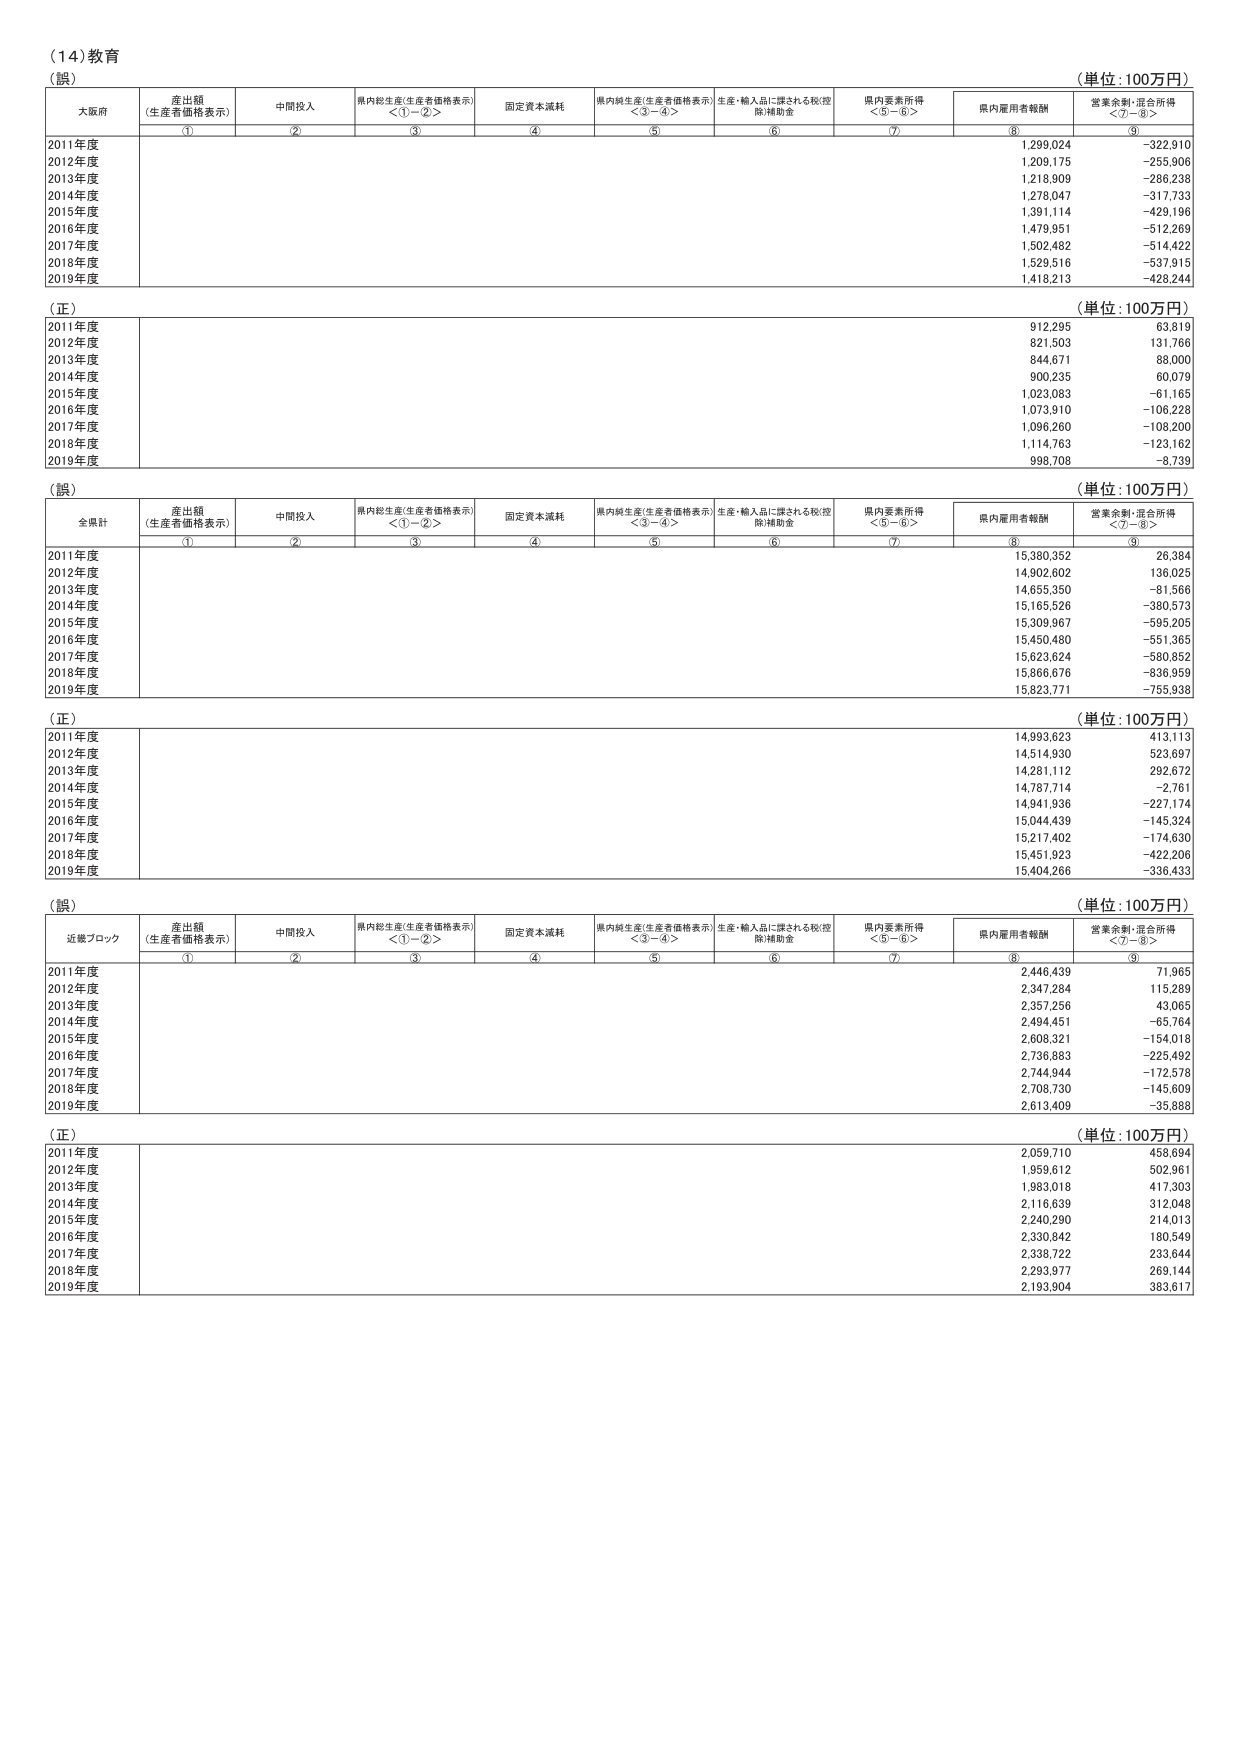
（14）教育
（誤）
（単位：100万円）
大阪府
産出額（生産者価格表示）
中間投入
県内総生産（生産者価格表示）＜①－②＞
固定資本減耗
県内純生産（生産者価格表示）＜③－④＞
生産・輸入品に課される税（控除）補助金
県内要素所得＜⑤－⑥＞
県内雇用者報酬
営業余剰・混合所得＜⑦－⑧＞
①
②
③
④
⑤
⑥
⑦
⑧
⑨
2011年度
1,299,024
－322,910
2012年度
1,209,175
－255,906
2013年度
1,218,909
－286,238
2014年度
1,278,047
－317,733
2015年度
1,391,114
－429,196
2016年度
1,479,951
－512,269
2017年度
1,502,482
－514,422
2018年度
1,529,516
－537,915
2019年度
1,418,213
－428,244
（正）
（単位：100万円）
2011年度
912,295
63,819
2012年度
821,503
131,766
2013年度
844,671
88,000
2014年度
900,235
60,079
2015年度
1,023,083
－61,165
2016年度
1,073,910
－106,228
2017年度
1,096,260
－108,200
2018年度
1,114,763
－123,162
2019年度
998,708
－8,739
（誤）
（単位：100万円）
全県計
産出額（生産者価格表示）
中間投入
県内総生産（生産者価格表示）＜①－②＞
固定資本減耗
県内純生産（生産者価格表示）＜③－④＞
生産・輸入品に課される税（控除）補助金
県内要素所得＜⑤－⑥＞
県内雇用者報酬
営業余剰・混合所得＜⑦－⑧＞
①
②
③
④
⑤
⑥
⑦
⑧
⑨
2011年度
15,380,352
26,384
2012年度
14,902,602
136,025
2013年度
14,655,350
－81,566
2014年度
15,165,526
－380,573
2015年度
15,309,967
－595,205
2016年度
15,430,480
－551,365
2017年度
15,623,624
－580,852
2018年度
15,866,676
－836,959
2019年度
15,823,771
－755,938
（正）
（単位：100万円）
2011年度
14,993,623
413,113
2012年度
14,514,930
523,697
2013年度
14,281,112
292,672
2014年度
14,787,714
－2,761
2015年度
14,941,936
－227,174
2016年度
15,044,439
－145,324
2017年度
15,217,402
－174,630
2018年度
15,451,923
－422,206
2019年度
15,404,266
－336,433
（誤）
（単位：100万円）
近畿ブロック
産出額（生産者価格表示）
中間投入
県内総生産（生産者価格表示）＜①－②＞
固定資本減耗
県内純生産（生産者価格表示）＜③－④＞
生産・輸入品に課される税（控除）補助金
県内要素所得＜⑤－⑥＞
県内雇用者報酬
営業余剰・混合所得＜⑦－⑧＞
①
②
③
④
⑤
⑥
⑦
⑧
⑨
2011年度
2,446,439
71,965
2012年度
2,347,284
115,289
2013年度
2,357,256
43,065
2014年度
2,494,451
－65,764
2015年度
2,608,321
－154,018
2016年度
2,736,883
－225,492
2017年度
2,744,944
－172,578
2018年度
2,708,730
－145,609
2019年度
2,613,409
－35,888
（正）
（単位：100万円）
2011年度
2,059,710
458,694
2012年度
1,959,612
502,961
2013年度
1,983,018
417,303
2014年度
2,116,639
312,048
2015年度
2,240,290
214,013
2016年度
2,330,842
180,549
2017年度
2,338,722
233,644
2018年度
2,293,977
269,144
2019年度
2,193,904
383,617